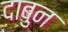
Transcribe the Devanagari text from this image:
दाबुन